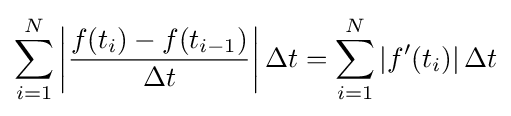
\sum _{i=1}^{N}\left|{\frac {f(t_{i})-f(t_{i-1})}{\Delta t}}\right|\Delta t=\sum _{i=1}^{N}\left|f'(t_{i})\right|\Delta t